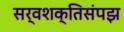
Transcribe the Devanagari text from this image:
सर्वशक्तिसंपझ